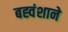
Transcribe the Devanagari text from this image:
बह्वंशाने